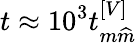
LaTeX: t\approx 10^{3}t_{m\widehat{m}}^{\left[V\right]}